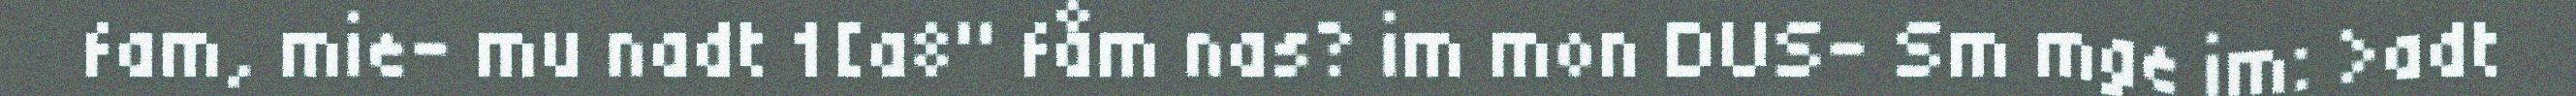
fam, mie- mu nadt 1[a8" fåm nas? im mon DUS- Sm mge im: >adt